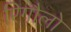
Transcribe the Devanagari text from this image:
रिगौलो